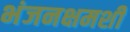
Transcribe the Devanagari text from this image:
भंजनक्षमशी